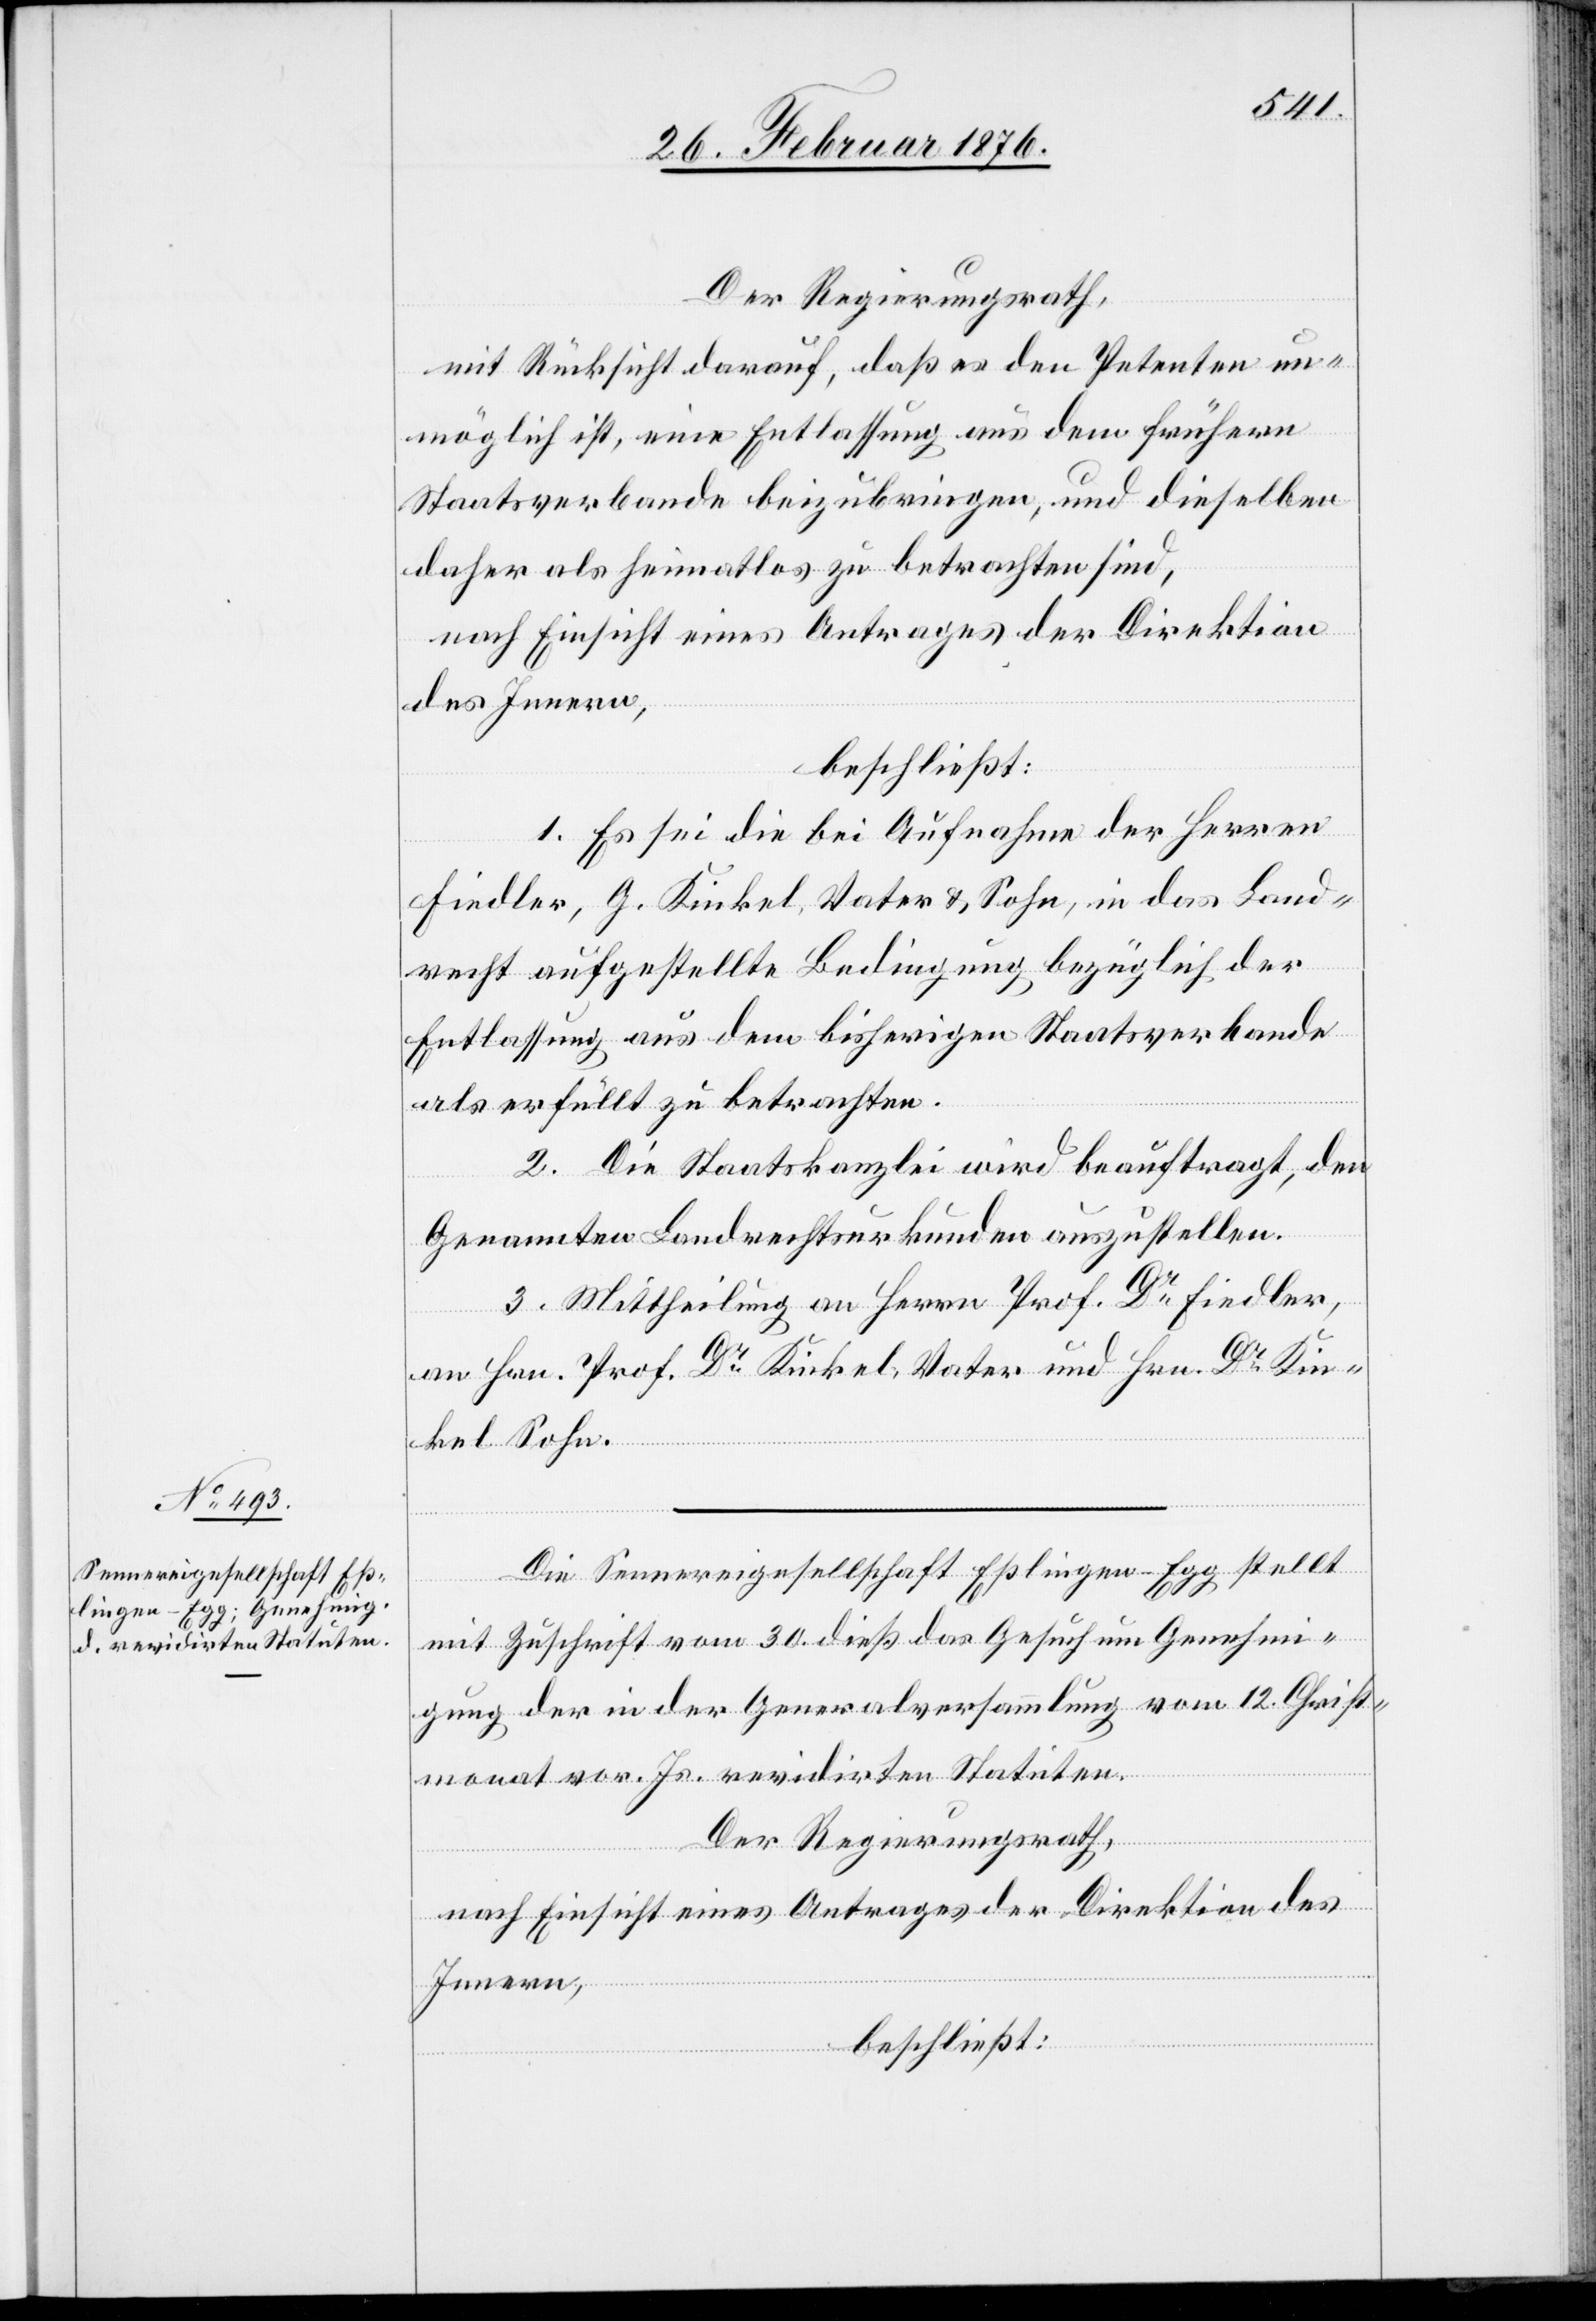
Derr Regierungsrath,
mit Rücksicht darauf, daß es den Petenten un¬
möglich ist, eine Entlassung aus dem frühern
Staatsverbande beizubringen, und dieselben
daher als heimatlos zu betrachten sind,
nach Einsicht eines Antrages der Direktion
des Innern,
beschließt:
1. Es sei die bei Aufnahme der Herren
Fiedler, G. Kinkel, Vater & Sohn, in das Land¬
recht aufgestellte Bedingung bezüglich der
Entlassung aus dem bisherigen Staatsverbande
als erfüllt zu betrachten.
2. Die Staatskanzlei wird beauftragt, den
Genannten Landrechtsurkunden auszustellen.
3. Mittheilung an Herrn prof. Dr Fiedler,
an Hrn. Prof. Dr Kinkel, Vater und Hrn. Dr Kin¬
kel Sohn.
Die Sennereigesellschaft Eßlingen-Egg stellt
mit Zuschrift vom 30. dieß das Gesuch um Genehmi¬
gung der in der Generalversammlung vom 12. Christ¬
monat vor. Js. revidirten Statuten.
Der Regierungsrath,
nach Einsicht eines Antrages der Direktion des
Innern,
beschließt: